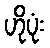
ဟိုပုံး